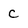
Character: c